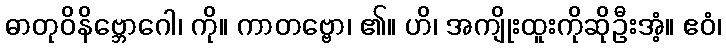
ဓာတုဝိနိဗ္ဘောဂေါ၊ ကို။ ကာတဗ္ဗော၊ ၏။ ဟိ၊ အကျိုးထူးကိုဆိုဦးအံ့။ ဧဝံ၊